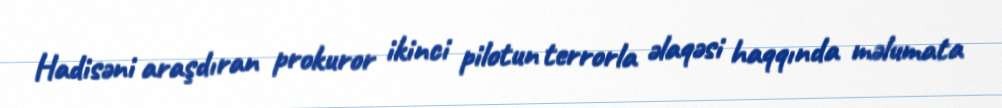
Hadisəni araşdıran prokuror ikinci pilotun terrorla əlaqəsi haqqında məlumata